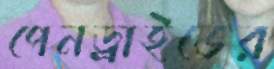
পেনড্রাইভের